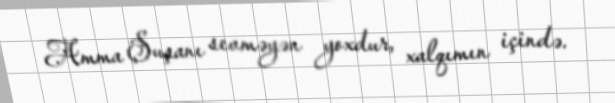
Amma Şuşanı sevməyən yoxdur, xalqımın içində.